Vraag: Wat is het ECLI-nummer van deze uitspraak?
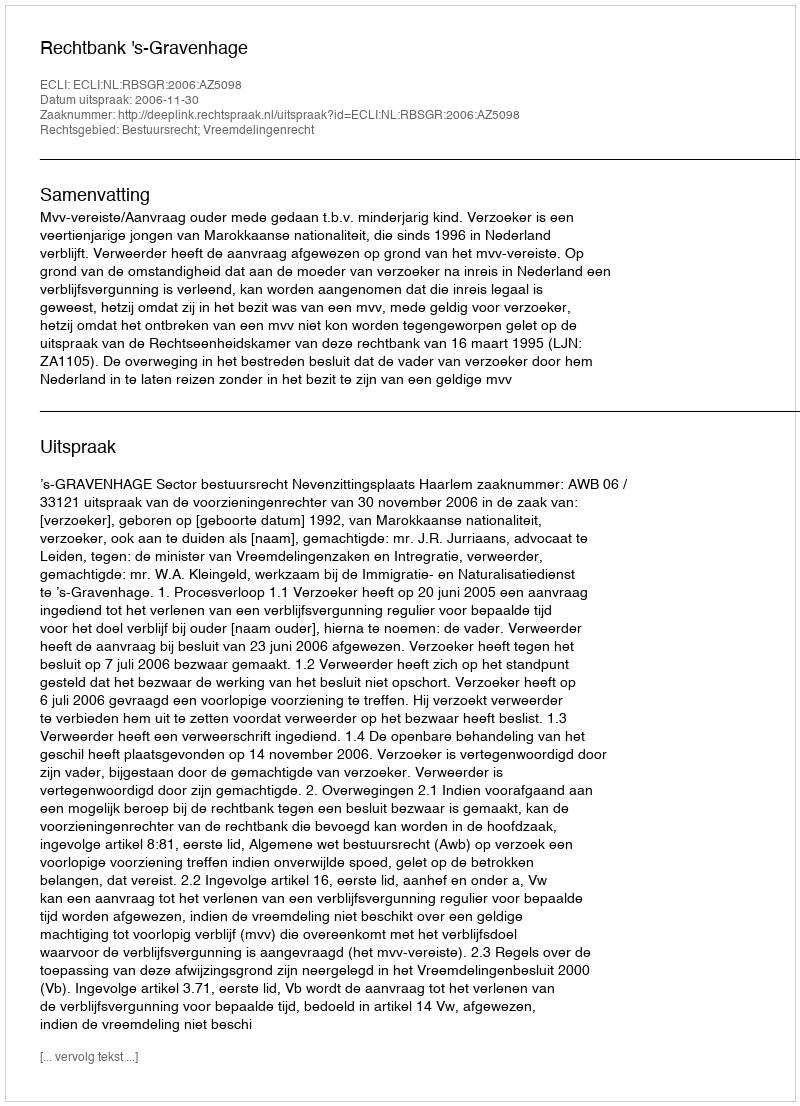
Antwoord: ECLI:NL:RBSGR:2006:AZ5098